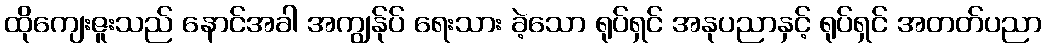
ထိုကျေးဇူးသည် နောင်အခါ အကျွန်ုပ် ရေးသား ခဲ့သော ရုပ်ရှင် အနုပညာနှင့် ရုပ်ရှင် အတတ်ပညာ